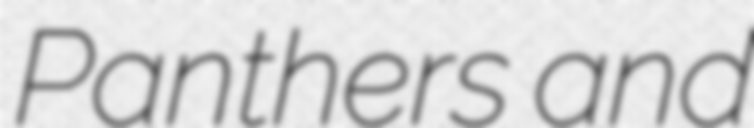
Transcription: Panthers and